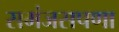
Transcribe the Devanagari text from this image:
समंजसपणा